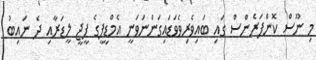
މި ނޫސް ކޮންފަރެންސް ގައި ބައިވެރިވެވަޑައިގަންނަވަނީ އެމްޑީޕީގެ ޕީޖީ ލީޑަރާއި ދެ ނައިބު